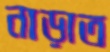
নাড়াত